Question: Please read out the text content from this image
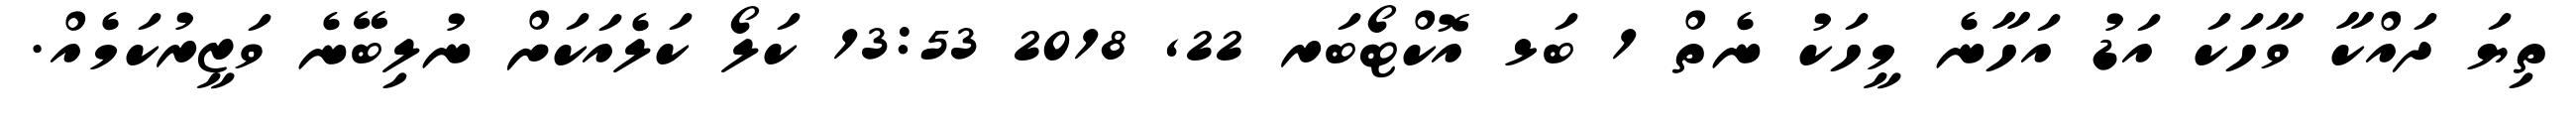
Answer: ތިޔަ ދައްކާ ވާހަކަ އަޑު އަހާނެ މީހަކު ނެތް 1 ބަޅ އޮކްޓޯބަރ 22, 2018 13:53 ކަލޯ ކަލެއަކަށް ނުލިބޭނެ ވަޒީރުކަމެއް.